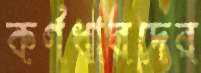
কর্ণধারদের